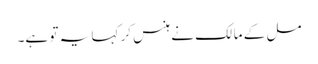
مل کے مالک نے ہنس کر کہا یہ تو ہے۔